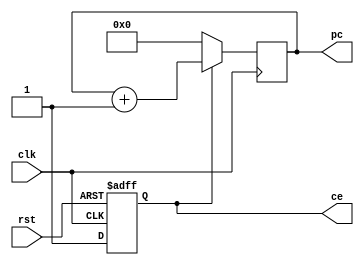
module pc_reg(

    input   wire                                        clk,
    input wire                                      rst,
    
    output reg[5:0]         pc,
    output reg                    ce
    
);

    always @ (posedge clk) begin
        if (ce == 1'b0) begin
            pc <= 6'h00;
        end else begin
            pc <= pc + 1'b1;
        end
    end
    
    always @ (posedge clk or posedge rst) begin
        if (rst == 1'b1) begin
            ce <= 1'b0;
        end else begin
            ce <= 1'b1;
        end
    end

endmodule